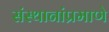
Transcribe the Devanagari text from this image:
संस्थानांप्रमाणे